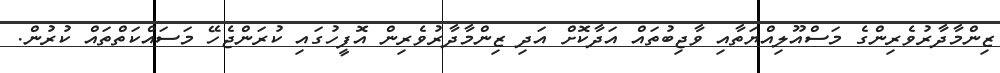
ޒިންމާދާރުވެރިންގެ މަސްއޫލިއްޔަތާއި ވާޖިބުތައް އަދާކޮށް އަދި ޒިންމާދާރުވެރިން އޮފީހުގައި ކުރަންޖެހޭ މަސައްކަތްތައް ކުރުން.